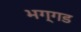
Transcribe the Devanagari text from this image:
भग्‍गड